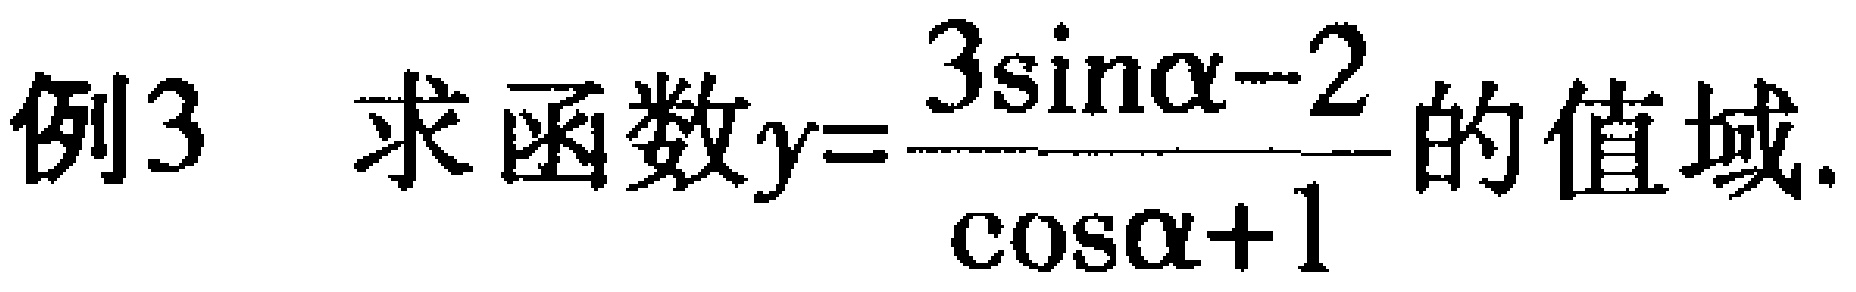
例3 求函数\(y = \frac{3\sin\alpha - 2}{\cos\alpha + 1}\)的值域.